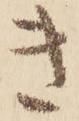
き